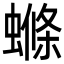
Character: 螩